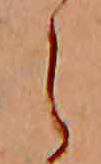
え